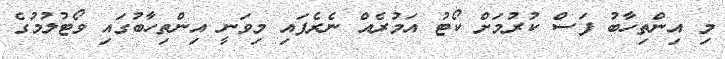
މި އިންތިހާބު ފަސް ކުރުމަށް ކޯޓު އަމުރެއް ނެރެފައި މިވަނީ އިންތިހާބުގައި ވޯޓުލުމުގެ